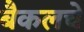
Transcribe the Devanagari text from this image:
बैकलचे